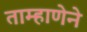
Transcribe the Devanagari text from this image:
ताम्हाणेने